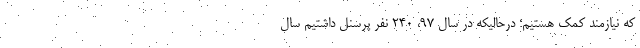
که نیازمند کمک هستیم؛ درحالیکه در سال ۹۷، ۲۴۰ نفر پرسنل داشتیم سال